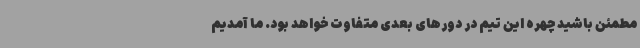
مطمئن باشید چهره این تیم در دورهای بعدی متفاوت خواهد بود. ما آمدیم